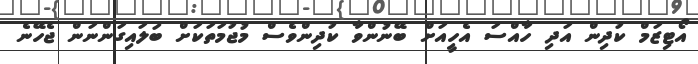
އޯޓިޒަމް ކުދިން އަދި ހާއްސަ އެހީއަށް ބޭނުންވާ ކުދިންވެސް މުޖުމަތަކަށް ބަލައިގަންނަން ޖެހޭނެ